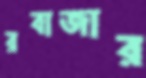
রবাজার